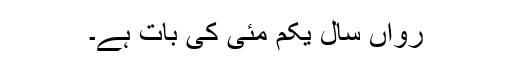
رواں سال یکم مئی کی بات ہے۔